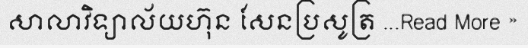
សាលាវិទ្យាល័យហ៊ុន សែនប្រសូត្រ ...Read More »